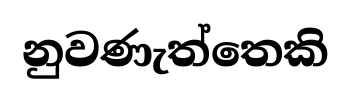
නුවණැත්තෙකි